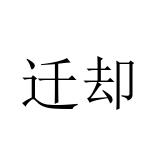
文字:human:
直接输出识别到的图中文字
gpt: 迁却